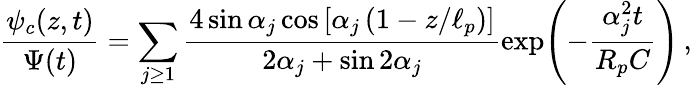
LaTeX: \frac{\psi_{c}(z,t)}{\Psi(t)}=\sum_{j\ge 1}\frac{4\sin\alpha_{j}\cos\left[\alpha_{j}\left(1-z/\ell_{p}\right)\right]}{2\alpha_{j}+\sin 2\alpha_{j}}\exp{\! \left(-\frac{\alpha_{j}^{2}t}{R_{p}C}\right)}\, ,